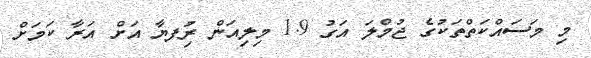
މި މަސައްކަތްތަކުގެ ޖުމްލަ އަގު 1.9 މިލިއަން ރުިފޔާ އަށް އަރާ ކަަމަށް